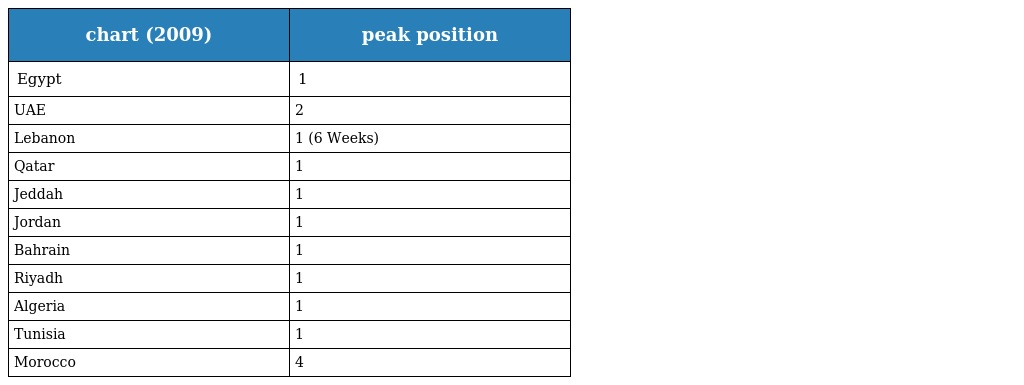
| chart (2009) | peak position |
 | --- | --- |
 | Egypt | 1 |
 | UAE | 2 |
 | Lebanon | 1 (6 Weeks) |
 | Qatar | 1 |
 | Jeddah | 1 |
 | Jordan | 1 |
 | Bahrain | 1 |
 | Riyadh | 1 |
 | Algeria | 1 |
 | Tunisia | 1 |
 | Morocco | 4 |